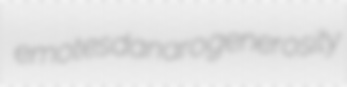
emotes danaro generosity